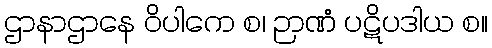
ဌာနာဌာနေ ဝိပါကေ စ၊ ဉာဏံ ပဋိပဒါယ စ။